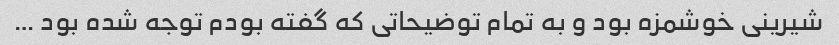
شیرینی خوشمزه بود و به تمام توضیحاتی که گفته بودم توجه شده بود …